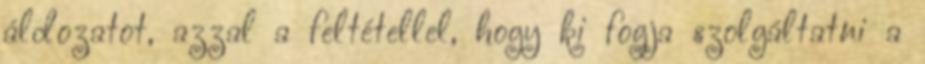
áldozatot, azzal a feltétellel, hogy ki fogja szolgáltatni a